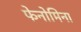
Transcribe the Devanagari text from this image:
फेनोमिना